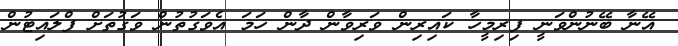
އޭނާ ބޭނުންވަނީ ފިރިމީހާ ކައިރިން ވަރިވާން ދާން ހަމަ އެވަގުތުން ވަގުތަށް ފްލައިޓުން